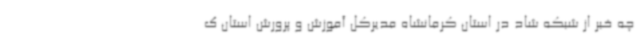
چه خبر از شبکه شاد در استان کرمانشاه مدیرکل آموزش و پرورش استان ک